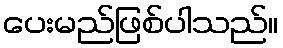
ပေးမည်ဖြစ်ပါသည်။